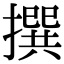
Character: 撰